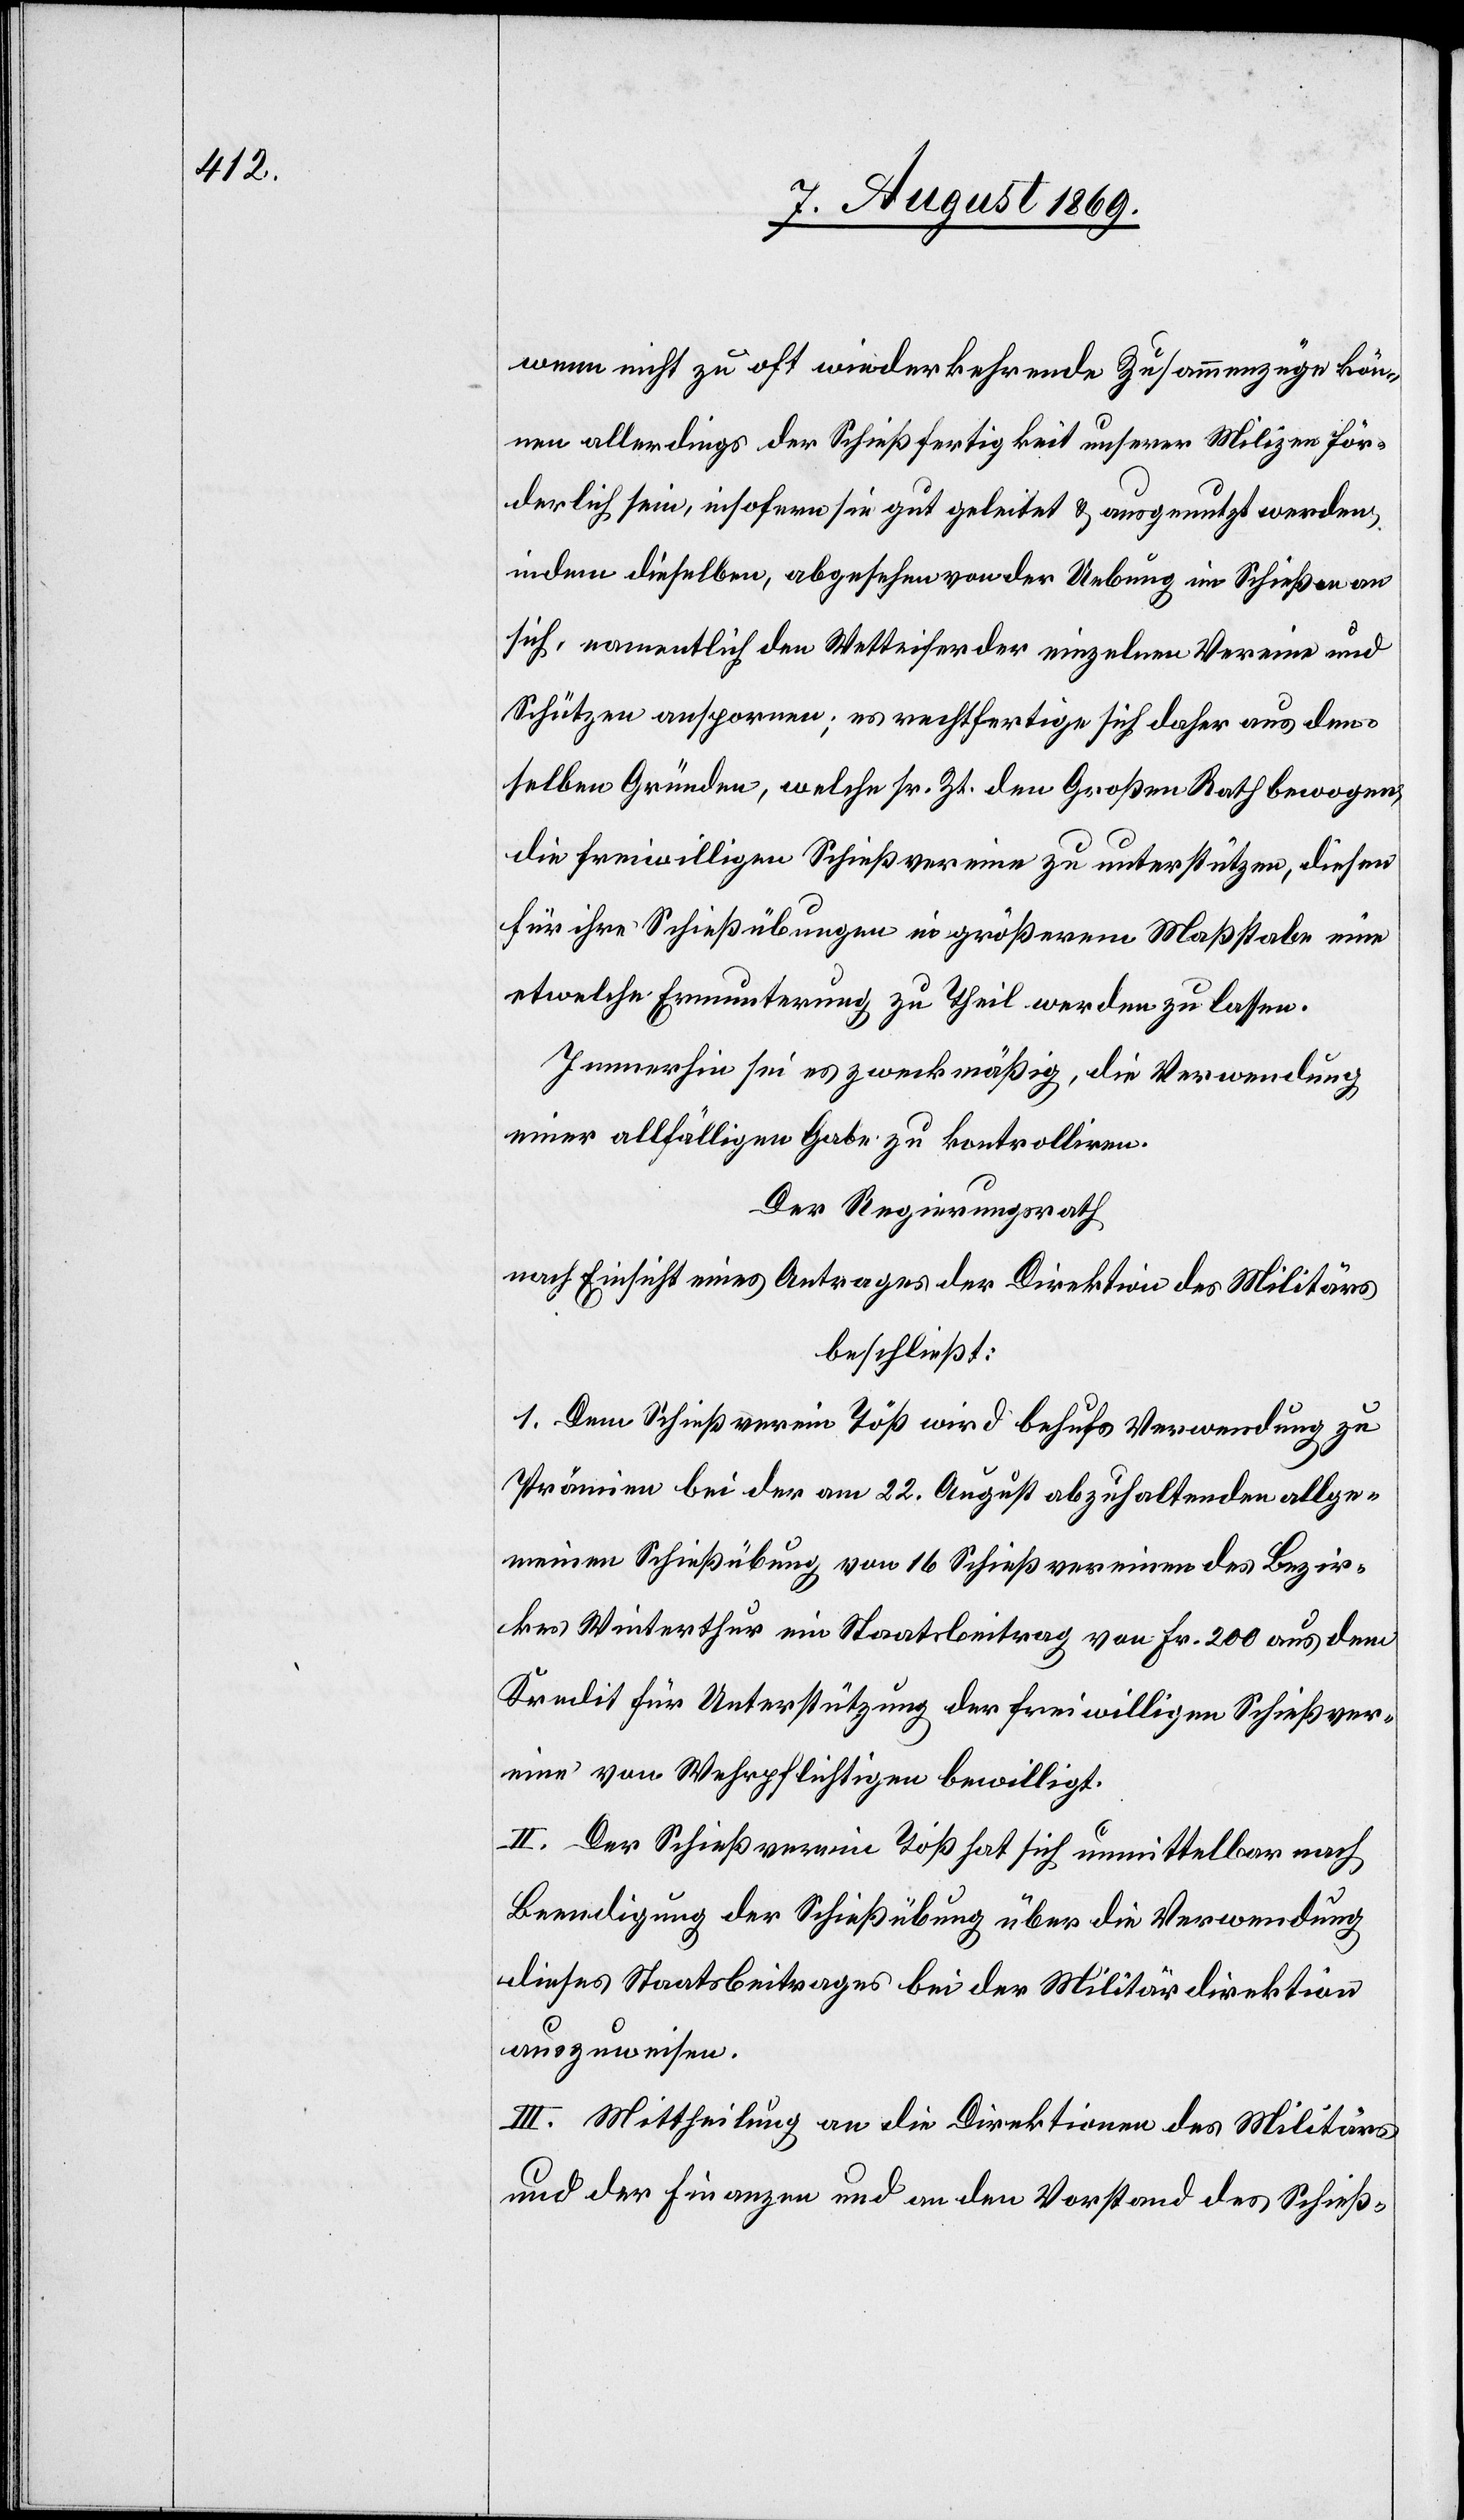
wenn nicht zu oft wiederkehrende Zusammenzüge kön¬
nen allerdings der Schießfertigkeit unserer Milizen för¬
derlich sein, insofern sie gut geleitet & ausgenutzt werden,
indem dieselben, abgesehen von der Uebung im Schießen an
sich, namentlich den Wetteifer der einzelnen Vereine und
Schützen anspornen; es rechtfertige sich daher aus den¬
selben Gründen, welche sr. Zt. den Großen Rath bewogen,
die freiwilligen Schießvereine zu unterstützen, diesen
für ihre Schießübungen in größerem Maßstabe eine
etwelche Ermunterung zu Theil werden zu lassen.
Immerhin sei es zweckmäßig, die Verwendung
einer allfälligen Gabe zu kontrolliren.
Der Regierungsrath
nach Einsicht eines Antrages der Direktion des Militärs
beschließt:
1. Dem Schießverein Töß wird behufs Verwendung zu
Prämien bei der am 22 August abzuhaltenden allge¬
meinen Schießübung von 16 Schießvereinen des Bezir¬
kes Winterthur ein Staatsbeitrag von Fr. 200 aus dem
Kredit für Unterstützung der freiwilligen Schießver¬
eine von Wehrpflichtigen bewilligt.
II. Der Schießverein Töß hat sich unmittelbar nach
Beendigung der Schießübung über die Verwendung
dieses Staatsbeitrages bei der Militärdirektion
auszuweisen.
III. Mittheilung an die Direktionen des Militärs
und der Finanzen und an den Vorstand des Schieß-